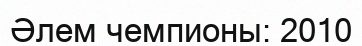
Әлем чемпионы: 2010